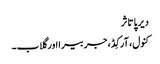
دیرپا تاثر
کنول، آرکِڈ، جربیرا اور گلاب۔